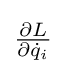
\textstyle {\frac {\partial L}{\partial {\dot {q}}_{i}}}